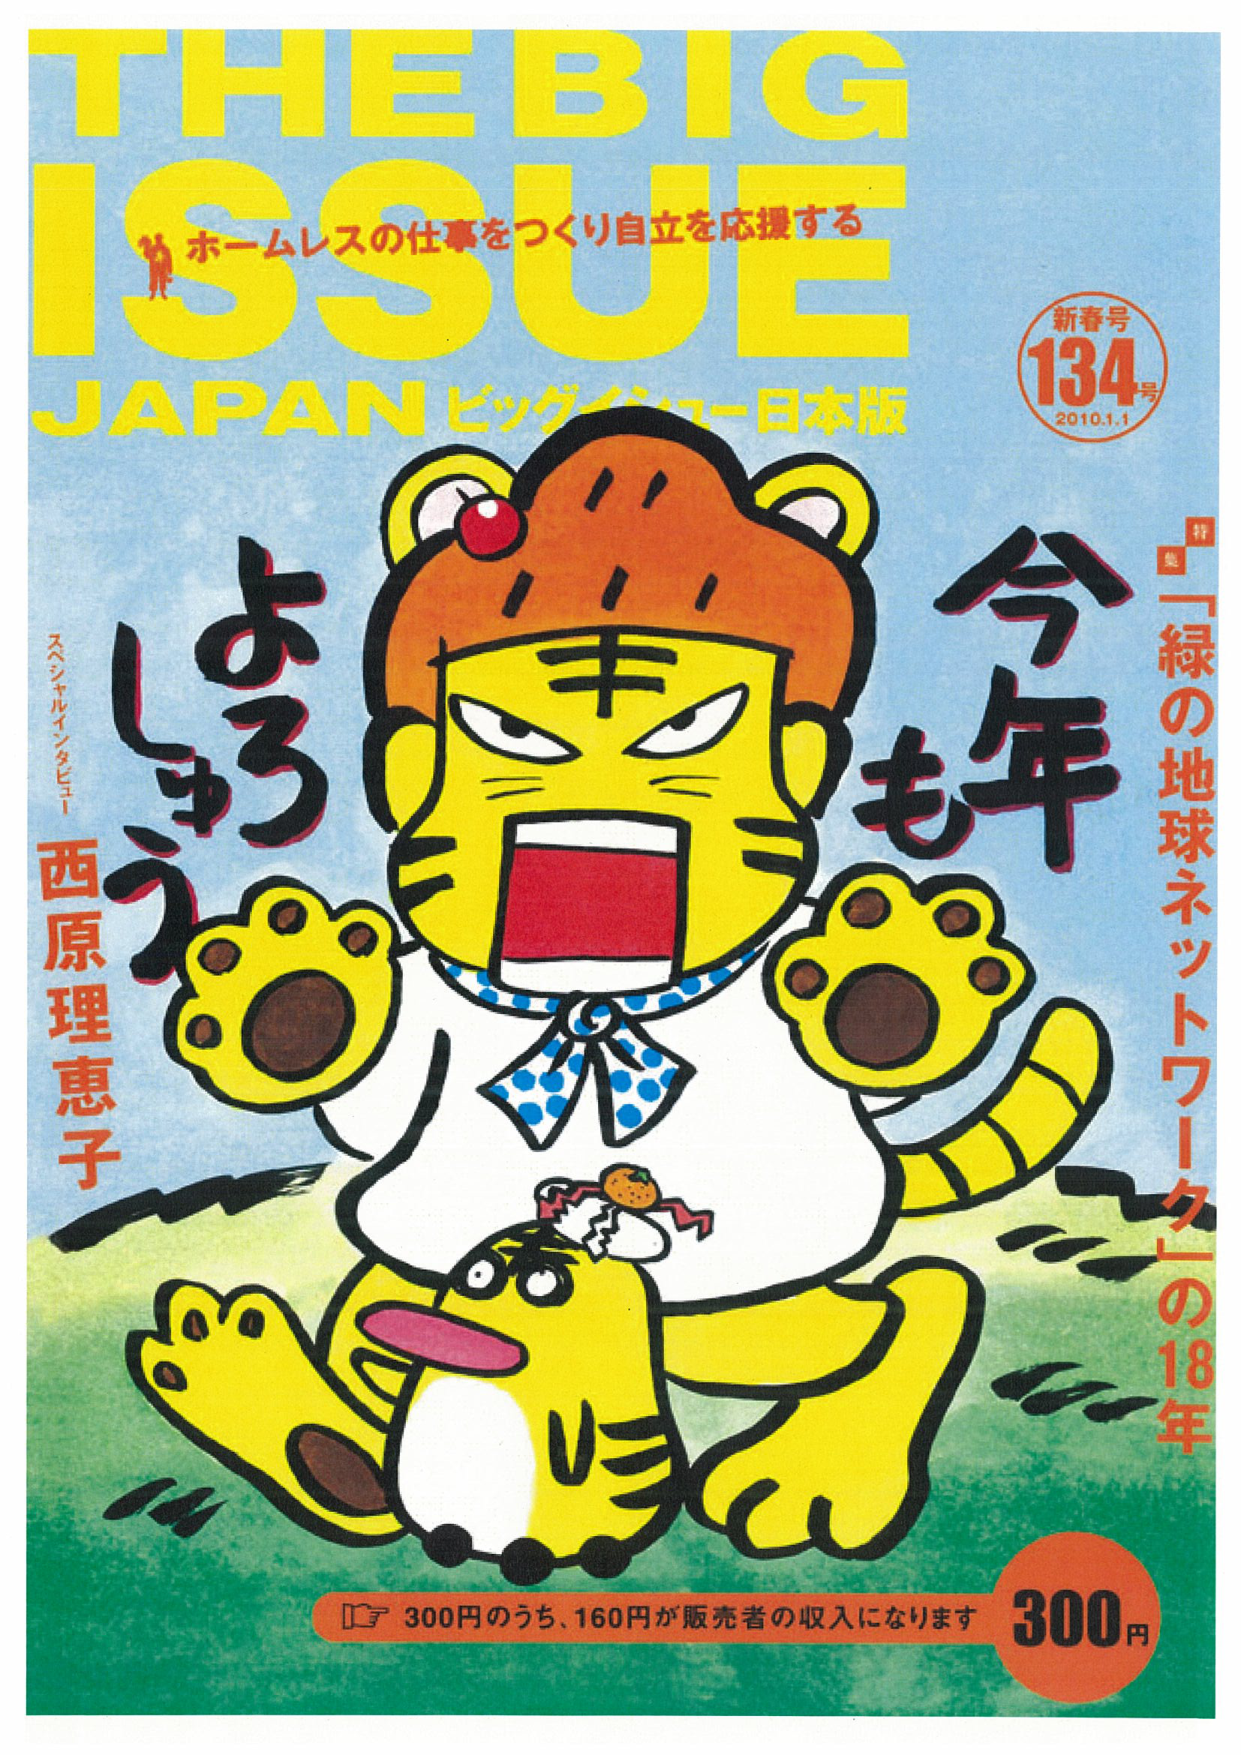
THE BIG
ISSUE
ホームレスの仕事をつくり自立を応援する
JAPAN ビッグイシュー日本版
新春号
134号
2010.1.1
今年も
よろしく
スペシャルインタビュー
西原理恵子
「緑の地球ネットワーク」の18年
300円のうち、160円が販売者の収入になります
300円